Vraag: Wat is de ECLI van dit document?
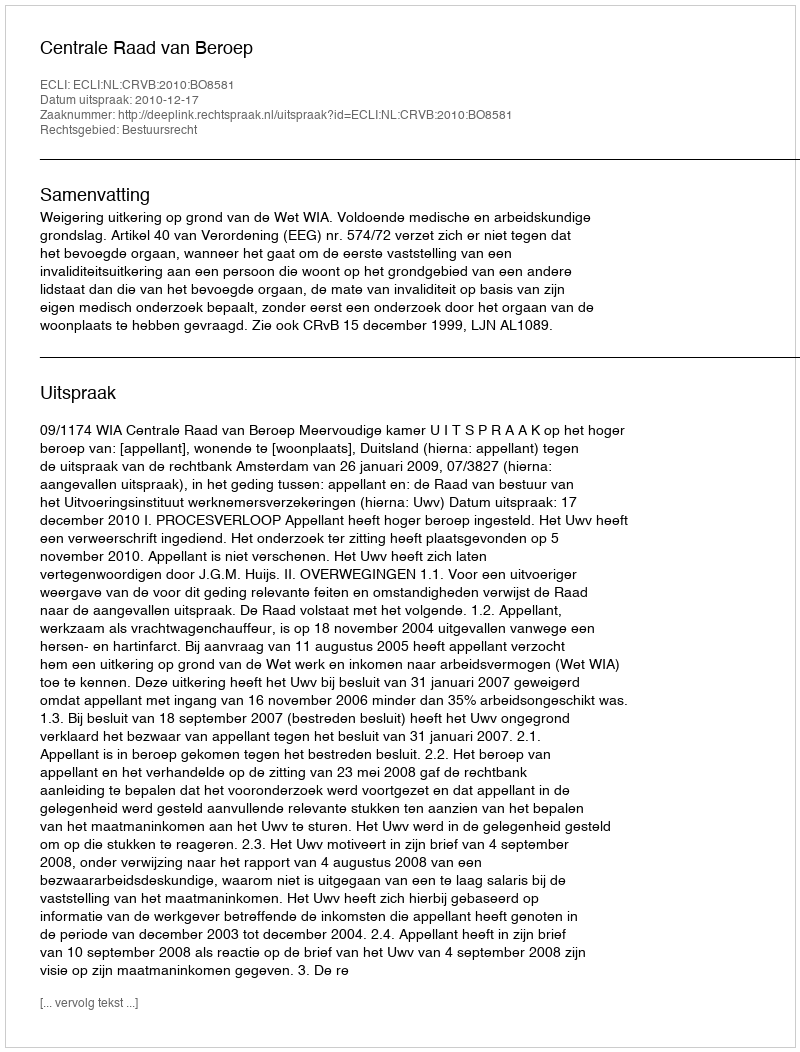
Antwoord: ECLI:NL:CRVB:2010:BO8581